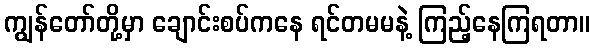
ကျွန်တော်တို့မှာ ချောင်းစပ်ကနေ ရင်တမမနဲ့ ကြည့်နေကြရတာ။